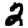
Digit: 2